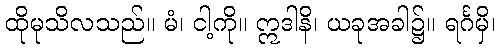
ထိုမုသိလသည်။ မံ၊ ငါ့ကို။ ဣဒါနိ၊ ယခုအခါ၌။ ရင်္ဂမှိ၊